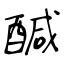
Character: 醎